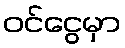
ဝင်ငွေမှာ